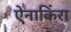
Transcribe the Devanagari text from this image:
ऐनाकिंरा